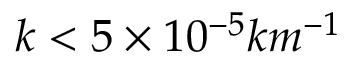
k < 5 \times 1 0 ^ { - 5 } k m ^ { - 1 }